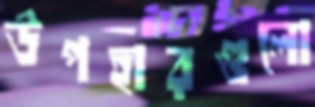
উপহারগুলো